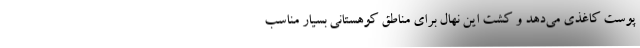
پوست کاغذی می­‌دهد و کشت این نهال برای مناطق کوهستانی بسیار مناسب